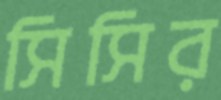
সিসির